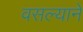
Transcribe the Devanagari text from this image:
वसल्याने